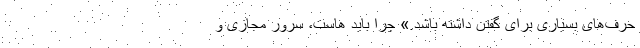
حرف‌های بسیاری برای گفتن داشته باشد.» چرا باید هاست، سرور مجازی و